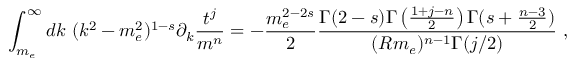
\int _ { m _ { e } } ^ { \infty } d k \ ( k ^ { 2 } - m _ { e } ^ { 2 } ) ^ { 1 - s } \partial _ { k } \frac { t ^ { j } } { m ^ { n } } = - \frac { m _ { e } ^ { 2 - 2 s } } { 2 } \frac { \Gamma ( 2 - s ) \Gamma \left( \frac { 1 + j - n } { 2 } \right) \Gamma ( s + \frac { n - 3 } { 2 } ) } { ( R m _ { e } ) ^ { n - 1 } \Gamma ( j / 2 ) } \ ,